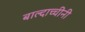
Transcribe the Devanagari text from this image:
बाल्दाच्चीनी